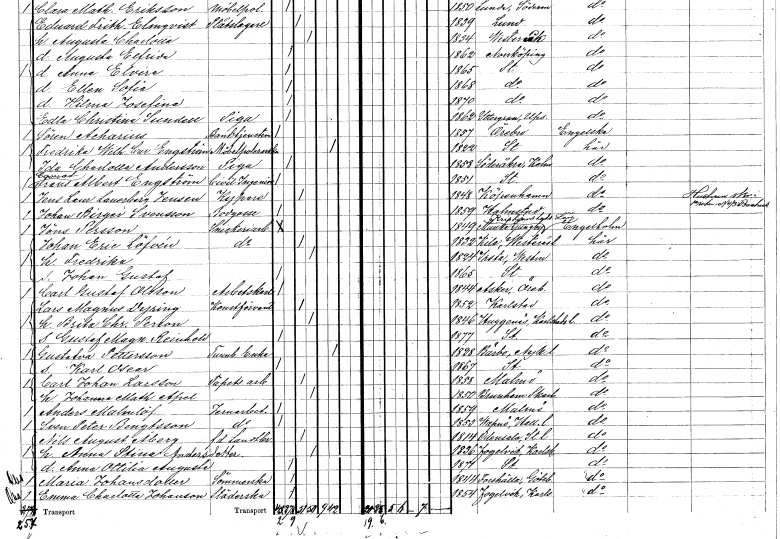
gt_parse: households: individuals: FN: Conrad Frans Albert
EN: Engström
YRKE: Civilingenjör
KON: M
CIV: O
FODAR: 1851
FODFORS: Stockholm
FN: Jens Laur.
EN: Lanerberg Jensen
YRKE: Kypare
KON: M
CIV: G
FODAR: 1848
FN: Johan Birger
EN: Svensson
YRKE: Bodgosse
KON: M
CIV: O
FODAR: 1859
FODFORS: Halmstad Hallands län
FN: Jöns
EN: Persson
YRKE: Snickeriarbetare
KON: M
CIV: O
FODAR: 1849
FODFORS: Munka-Ljungby Kristianstads län
FN: Johan Eric
EN: Löfvén
YRKE: Snickeriarbetare
KON: M
CIV: G
FODAR: 1832
FODFORS: Kila Västmanlands län
FN: Fredrika
KON: K
CIV: G
FODAR: 1824
FODFORS: Irsta Västmanlands län
FN: Johan Gustaf
KON: M
CIV: O
FODAR: 1865
FODFORS: Stockholm
FN: Carl Gustaf
EN: Olsson
YRKE: Arbetskarl
KON: M
CIV: O
FODAR: 1844
FODFORS: Asker Örebro län
FN: Lars Magnus
EN: Dyring
YRKE: Konstförvandt
KON: M
CIV: G
FODAR: 1852
FODFORS: Karlstad Värmlands län
FN: Brita Christina
EN: Person
KON: K
CIV: G
FODAR: 1846
FODFORS: Huggenäs Värmlands län
FN: Gustaf Magnus Reinhold
KON: M
CIV: O
FODAR: 1877
FODFORS: Stockholm
FN: Gustafva
EN: Pettersson
YRKE: Tunnbindareänka
KON: K
CIV: E
FODAR: 1828
FODFORS: Bärbo Södermanlands län
FN: Karl Oscar
KON: M
CIV: O
FODAR: 1867
FODFORS: Stockholm
FN: Carl Johan
EN: Larsson
YRKE: Tapetseriarbetare
KON: M
CIV: G
FODAR: 1858
FODFORS: Malmö Malmöhus län
FN: Johanna Mathilda
EN: Apel
KON: K
CIV: G
FODAR: 1850
FODFORS: Brunnhem Skaraborgs län
FN: Anders
EN: Malmlöf
YRKE: Järnarbetare
KON: M
CIV: O
FODAR: 1859
FODFORS: Malmö Malmöhus län
FN: Sven Peter
EN: Bengtsson
YRKE: Järnarbetare
KON: M
CIV: O
FODAR: 1853
FODFORS: Vapnö Hallands län
FN: Nils August
EN: Åberg
YRKE: Lantbrukare f.d.
KON: M
CIV: G
FODAR: 1814
FODFORS: Odensala Stockholms län
FN: Anna Stina
EN: Andersdotter
KON: K
CIV: G
FODAR: 1836
FODFORS: Fogelvik Värmlands län
FN: Anna Ottilia Augusta
KON: K
CIV: O
FODAR: 1871
FODFORS: Stockholm
FN: Maria
EN: Johansdotter
YRKE: Sömmerska
KON: K
CIV: O
FODAR: 1844
FODFORS: Forshälla Göteborgs- och Bohuslän
FN: Emma Charlotta
EN: Johanson
YRKE: Städerska
KON: K
CIV: O
FODAR: 1854
FODFORS: Fogelvik Värmlands län